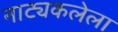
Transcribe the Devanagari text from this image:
नाट्यकलेला